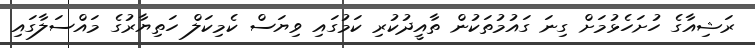
ރަޝިއާގެ ހުށަހެޅުމަށް ގިނަ ގައުމުތަކުން ތާއީދުކުރި ކަމުގައި ވިޔަސް ކެމިކަލް ހަތިޔާރުގެ މައްސަލާގައި